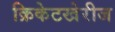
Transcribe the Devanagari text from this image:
क्रिकेटखेरीज